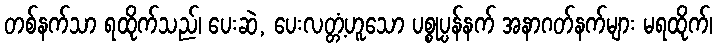
တစ်နက်သာ ရထိုက်သည်၊ ပေးဆဲ, ပေးလတ္တံ့ဟူသော ပစ္စုပ္ပန်နက် အနာဂတ်နက်များ မရထိုက်၊